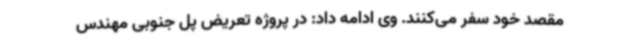
مقصد خود سفر می‌کنند. وی ادامه داد: در پروژه تعریض پل جنوبی مهندس